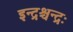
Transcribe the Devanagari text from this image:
इन्द्रश्चन्द्रः